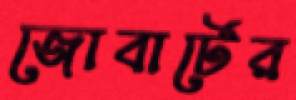
জোবার্টের